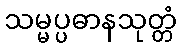
သမ္မပ္ပဓာနသုတ္တံ